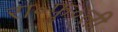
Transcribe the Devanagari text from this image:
रा॰फु॰ली